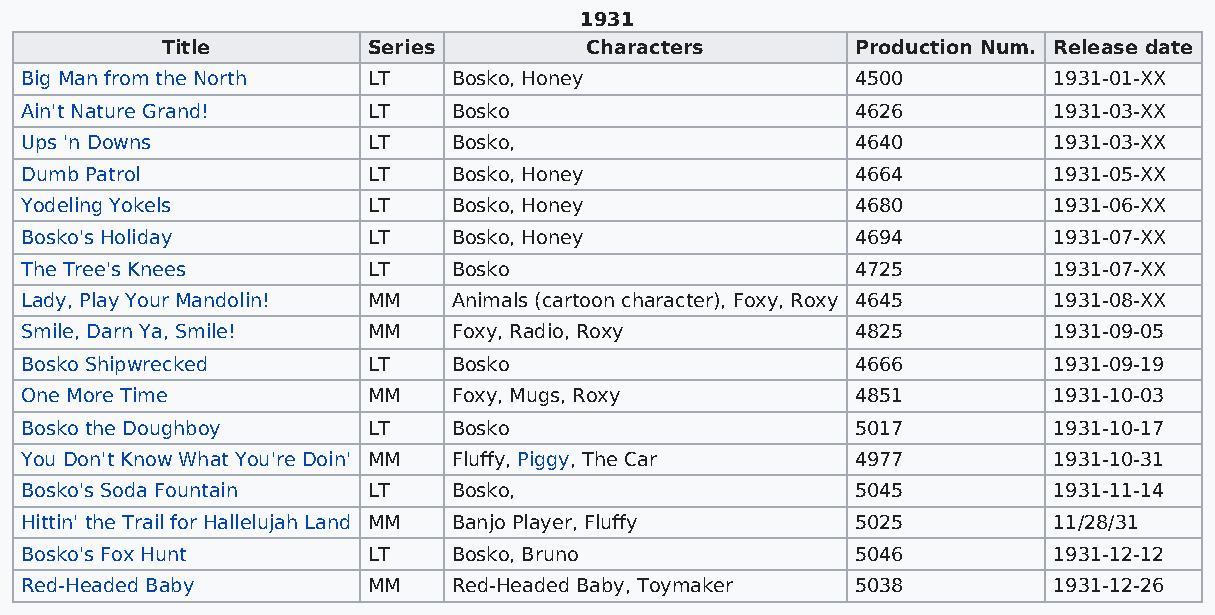
1931
 Title        Series         Characters        Production Num. Release date
 Big Man from the North LT    Bosko, Honey               4500         1931-01-XX
 Ain't Nature Grand!    LT    Bosko                      4626         1931-03-XX
 Ups 'n Downs           LT    Bosko,                     4640         1931-03-XX
 Dumb Patrol            LT    Bosko, Honey               4664         1931-05-XX
 Yodeling Yokels        LT    Bosko, Honey               4680         1931-06-XX
 Bosko's Holiday        LT    Bosko, Honey               4694         1931-07-XX
 The Tree's Knees       LT    Bosko                      4725         1931-07-XX
 Lady, Play Your Mandolin! MM Animals (cartoon character), Foxy, Roxy 4645 1931-08-XX
 Smile, Darn Ya, Smile! MM    Foxy, Radio, Roxy          4825         1931-09-05
 Bosko Shipwrecked      LT    Bosko                      4666         1931-09-19
 One More Time          MM    Foxy, Mugs, Roxy           4851         1931-10-03
 Bosko the Doughboy     LT    Bosko                      5017         1931-10-17
 You Don't Know What You're Doin' MM Fluffy, Piggy, The Car 4977      1931-10-31
 Bosko's Soda Fountain  LT    Bosko,                     5045         1931-11-14
 Hittin' the Trail for Hallelujah Land MM Banjo Player, Fluffy 5025   11/28/31
 Bosko's Fox Hunt       LT    Bosko, Bruno               5046         1931-12-12
 Red-Headed Baby        MM    Red-Headed Baby, Toymaker  5038         1931-12-26